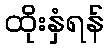
ထိုးနှံရန်